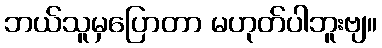
ဘယ်သူမှပြောတာ မဟုတ်ပါဘူးဗျ။